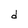
Character: d